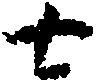
七